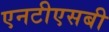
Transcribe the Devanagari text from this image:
एनटीएसबी